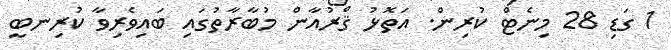
1 ގަޑި 28 މިނެޓް ކުރިން. އަތޮޅު ޤްރުއާން މުބާރާތުގައި ބައިވެރިވާ ކުރިނބީ